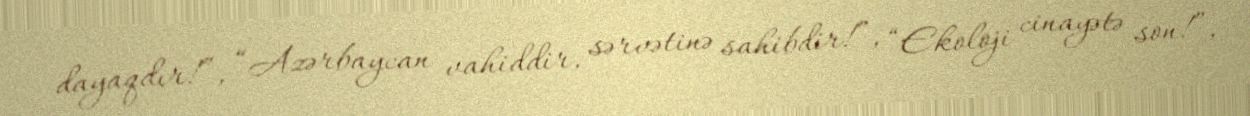
dayaqdır!”, “Azərbaycan vahiddir, sərvətinə sahibdir!”, “Ekoloji cinayətə son!”,